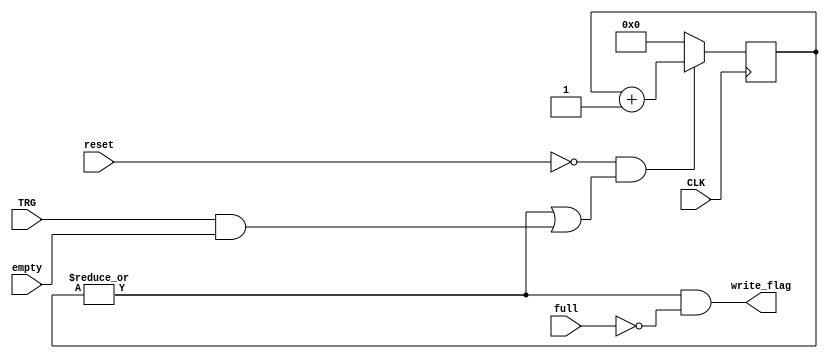
//65536*2
module osilo_DATAcontroller(TRG,CLK,empty,reset,full,write_flag);

	input TRG;
	input CLK;
	input reset;
	input empty;
	input full;
	output write_flag;
	
	reg[15:0] counter;
	
	always@(posedge CLK)begin
		if(~reset & (|counter | (TRG & empty)))
			counter <= counter+1;
		else
			counter <= 16'h0000;
	end
	
	assign write_flag = (|counter) & (~full);
	
endmodule